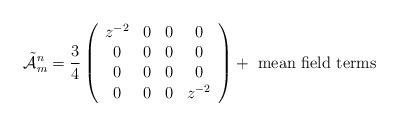
LaTeX: \begin{align*}\tilde{\cal A}_m^n = \frac{3}{4}\left(\begin{array}{cccc} z^{-2} & 0 & 0 & 0\\ 0 & 0 & 0 & 0\\ 0 & 0 & 0 & 0\\ 0 & 0 & 0 & z^{-2} \end{array}\right) +\mbox{ mean field terms}\end{align*}